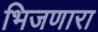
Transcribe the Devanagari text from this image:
भिजणारा